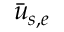
\bar { u } _ { s , e }